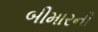
બીમારની